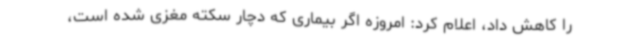
را کاهش داد، اعلام کرد: امروزه اگر بیماری که دچار سکته مغزی شده است،